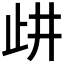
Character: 𣥞